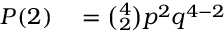
\begin{array} { r l } { P ( 2 ) } & { { } = { \binom { 4 } { 2 } } p ^ { 2 } q ^ { 4 - 2 } } \end{array}